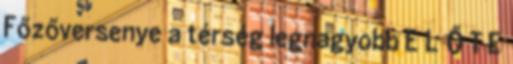
Főzőversenye a térség legnagyobb E L Ő T E